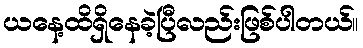
ယနေ့ထိရှိနေခဲ့ပြီလည်းဖြစ်ပါတယ်။